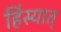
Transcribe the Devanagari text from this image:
हिंस्यात्‌